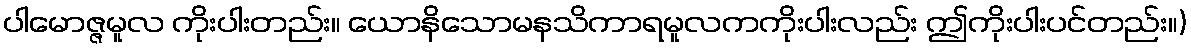
ပါမောဇ္ဇမူလ ကိုးပါးတည်း။ ယောနိသောမနသိကာရမူလကကိုးပါးလည်း ဤကိုးပါးပင်တည်း။)